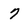
Character: 7